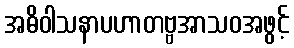
အဓိဝါသနာပဟာတဗ္ဗအာသဝအဖွင့်